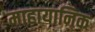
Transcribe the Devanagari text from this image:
माहायानिक